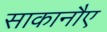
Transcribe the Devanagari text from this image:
साकानौए